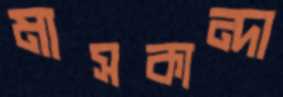
মাসকান্দা